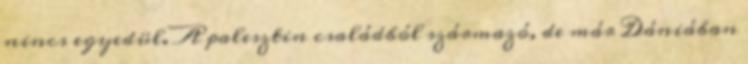
nincs egyedül. A palesztin családból származó, de már Dániában